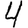
Digit: 4